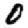
Digit: 0